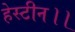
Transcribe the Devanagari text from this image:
हेस्टीन।।